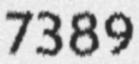
7389